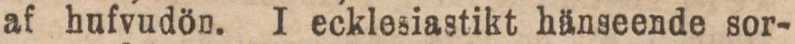
af hufvudön. I ecklesiastikt hänseende sor-